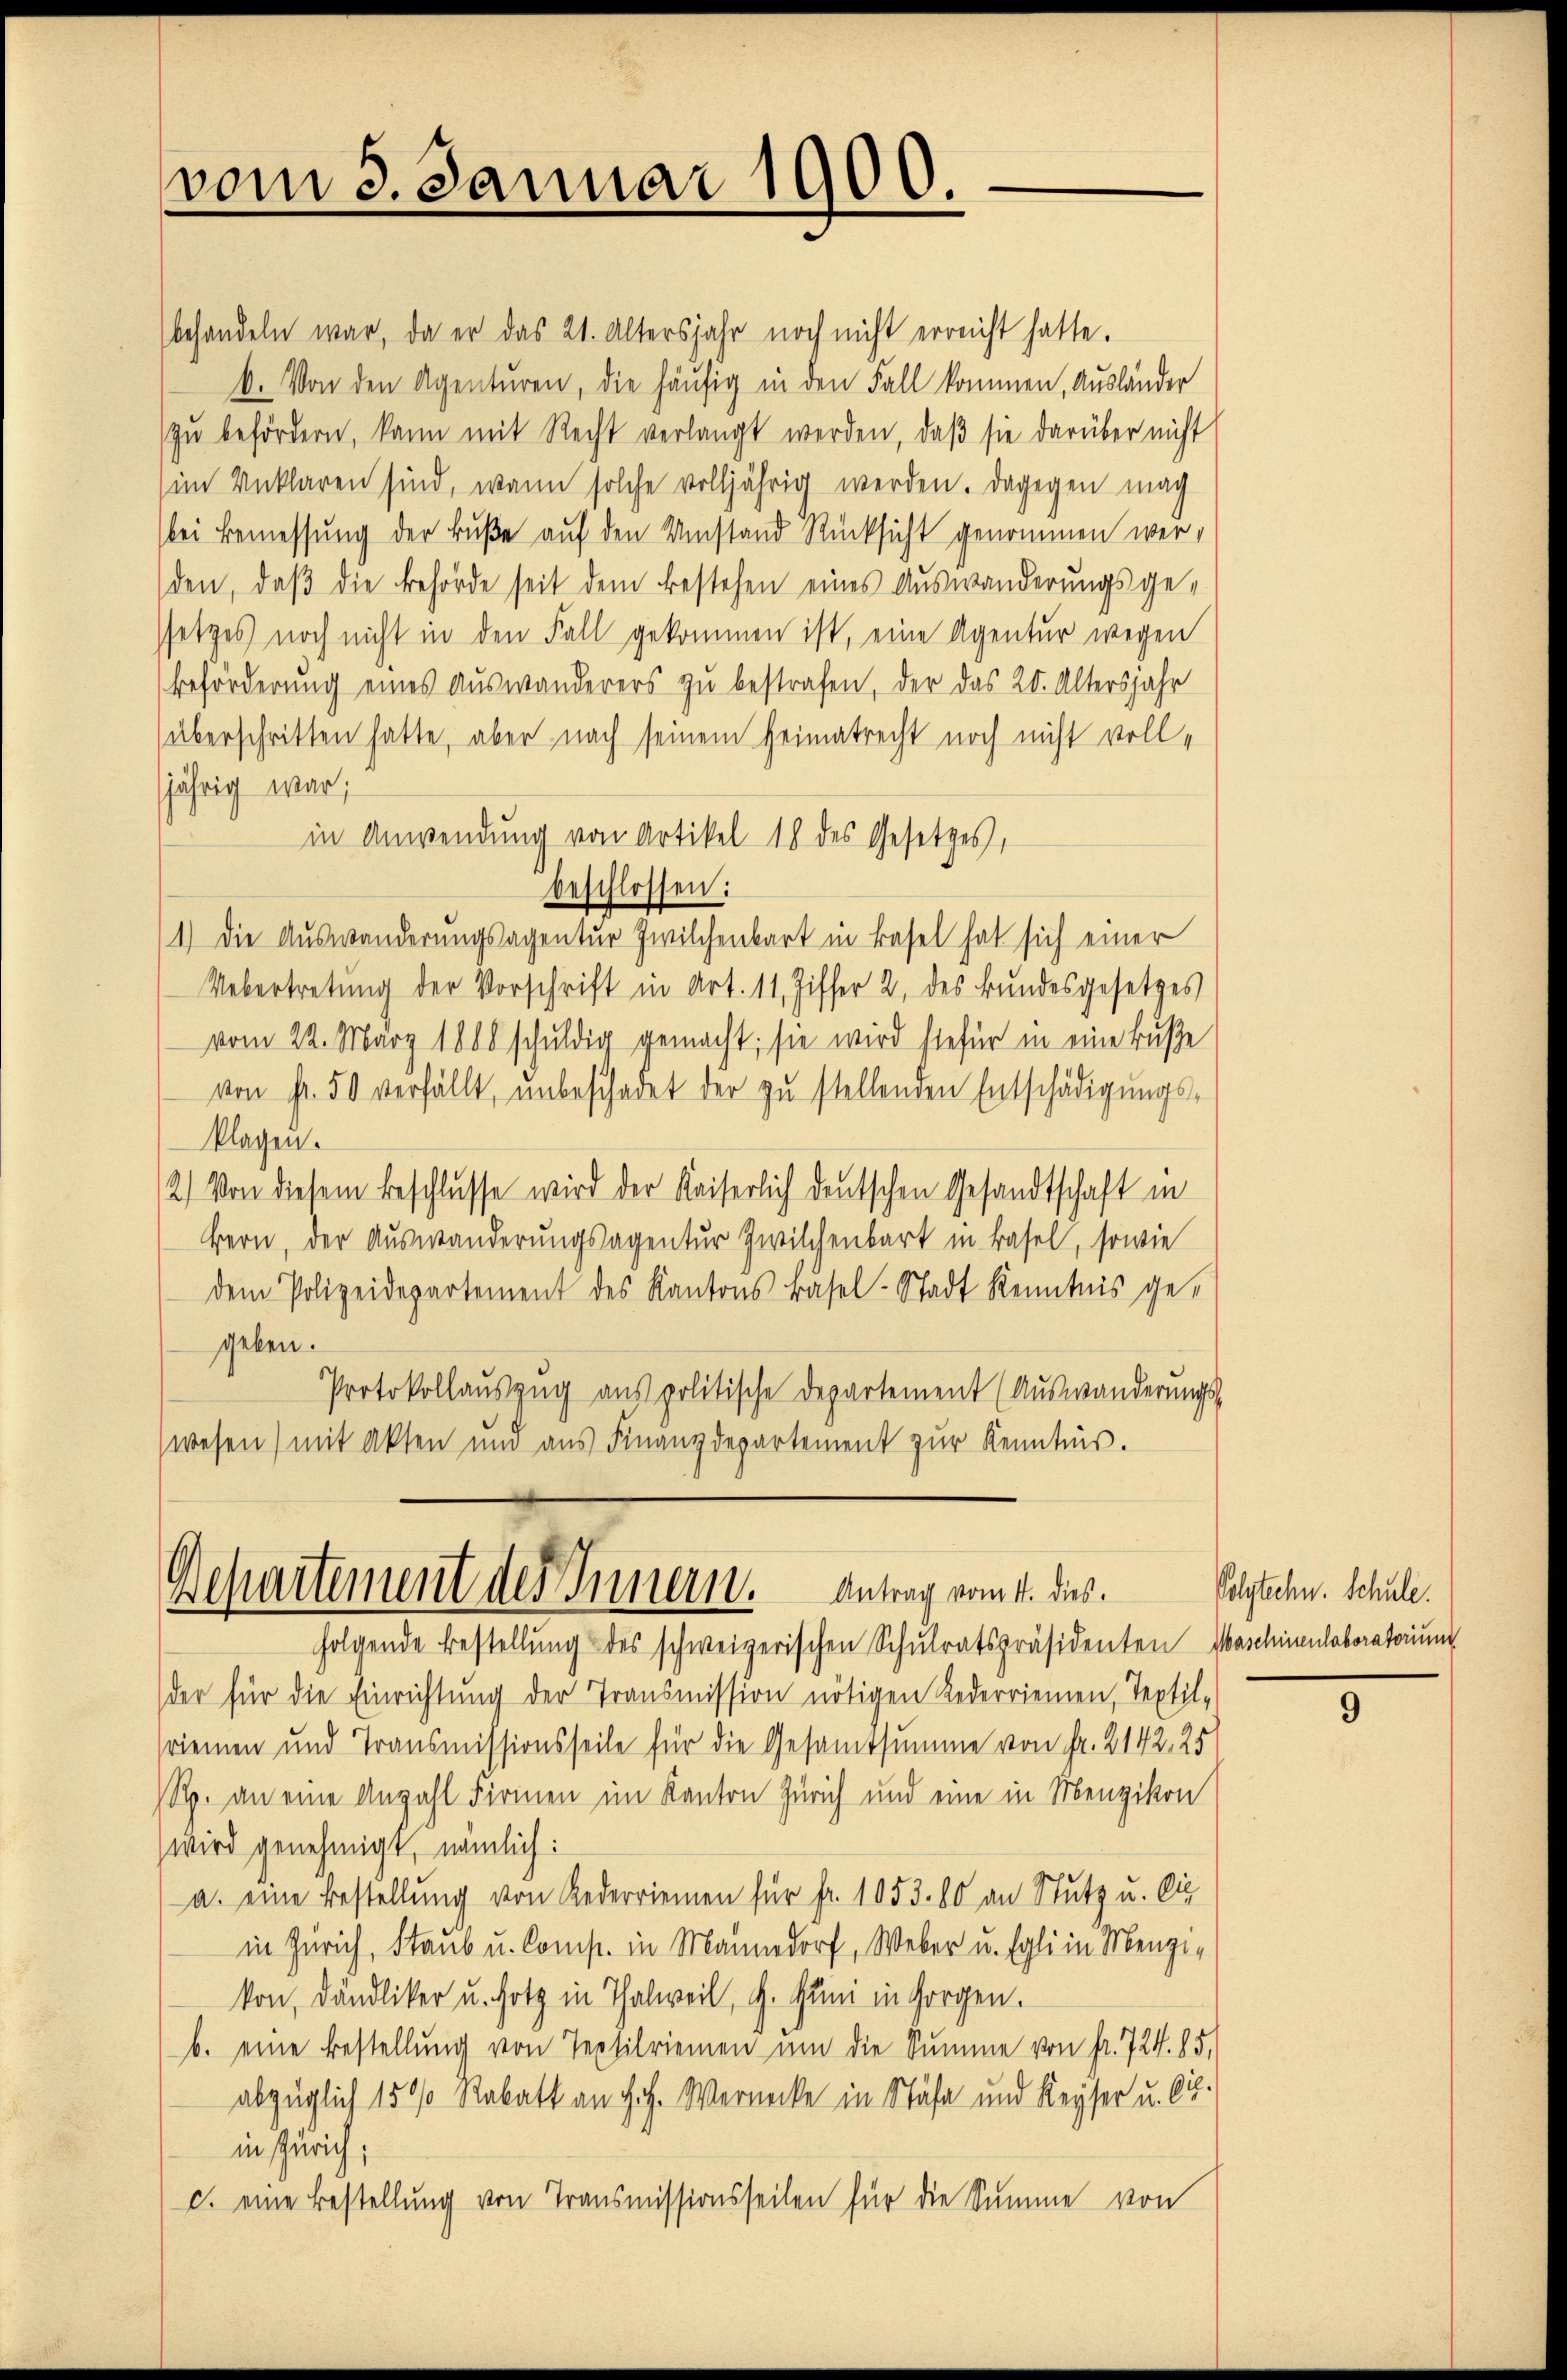
vom 3. Januar 1900.

behandeln war, da er das 21. Altersjahr noch nicht erreicht hatte.
6. Von den Agenturen, die häufig in den Fall kommen, Ausländer
zŭ befördern, kann mit Recht verlangt werden, daß sie darüber nicht
(im Anklaren sind, wenn solche volljährig werden. Dagegen mach
bei Bemessung der Buße auf den Umstand Rücksicht genommen werden, daß die Behörde seit dem bestehen eines Auswanderungsgessetzes noch nicht in den Fall gekommen ist, eine Agentur wegen
Beforderung eines Auswanderers zu bestrafen, der das 20. Altersjahr
(überschritten hatte, aber nach seinem Heimatrecht noch nicht volljährig war;
in Anwendung von Artikel 18 des Gesetzes,
beschlossen:
1.) Die Auswanderungsagentur Zwilchenbart in Basel hat sich einer
Uebertretung der Vorschrift in Art. 11. Ziffer 2. des Bundesgesetzes
vom 22. März 1808 schuldig gemacht; sie wird hiefür in eine Buße
von Fr. 50 verfällt, unbeschadet der zu stellenden Entschädigungs-
klagen.
2) Von diesem Beschlusse wird der Kaiserlich deutschen Gesandtschaft in
Bern, der Auswanderungsagentur Zwilchenbart in Basel, sowie
dem Polizeidepartement des Kantons Basel-Stadt Kenntnis gegeben.
Protokollauszug aus politische Departement (Auswanderungs-
wesen) mit Akten und aus Finanzdepartement zur Kenntnis.

Departement des Innern. Antrag vom 4. des

folgende Bestellung des schweizerischen Schulratspräsidenten Maschinenlaboratorium
der für die Einrichtung der Transmission nötigen Lederriemen, Textil-
riemen und Transmissionsseile für die Gesamtsumme von Fr. 2142, 25
Rp. an eine Anzahl Firmen im Kanton Zürich und eine in Menzikon
) wird genehmigt, nämlich:
a. eine Bestellung von Lederriemen für fr. 1053. 80 an Stutz u. lie
in Zürich, Staub u. Comp. in Männedorf, Weber u. Egli in Menzi-
kon, Dändliker u. Hotz in Thalweil, G. Juni in Horgen.
b. eine Bestellung von Tepsilriemen um die Summe von fr. 724. 85,
abzüglich 1500 Rabatt an Joh. Wernecke in Stäfa und Keyser u. bis.
in Zürich;
c. eine Bestellung von Transmissionsseilen für die Summe von

Polstechn. Schule.

9